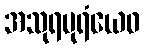
အသုရပုရံယေဝ